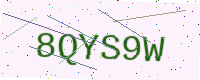
Text: 8QYS9W